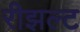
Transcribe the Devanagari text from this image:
रीझल्ट